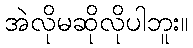
အဲလိုမဆိုလိုပါဘူး။